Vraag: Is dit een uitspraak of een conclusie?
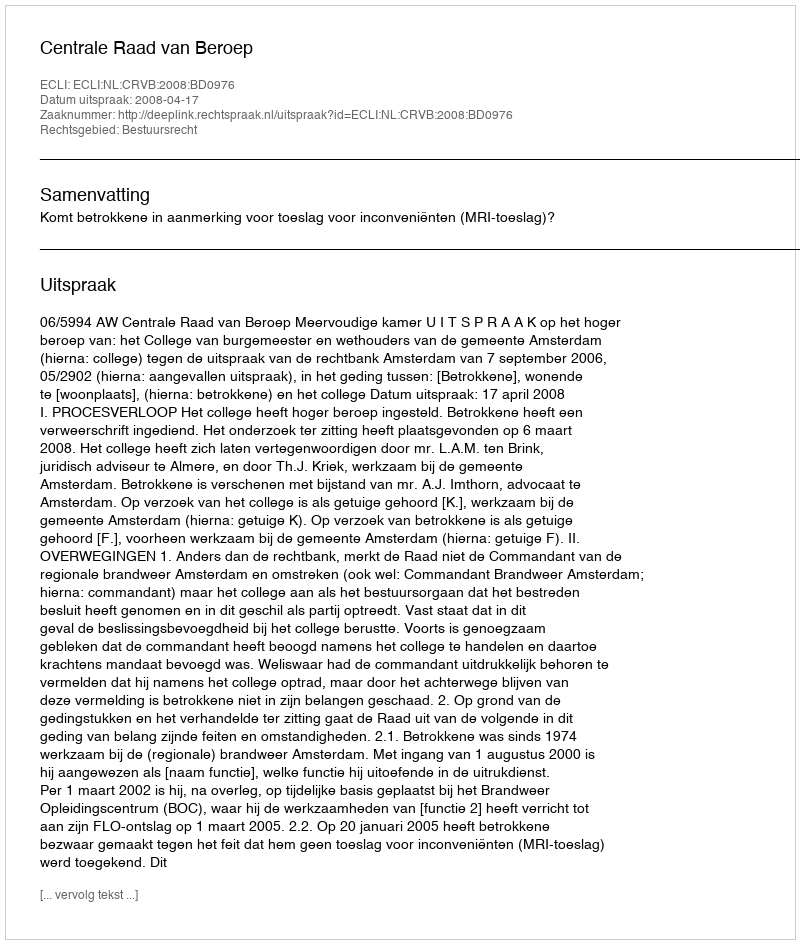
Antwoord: Uitspraak